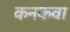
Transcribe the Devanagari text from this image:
कनकवा